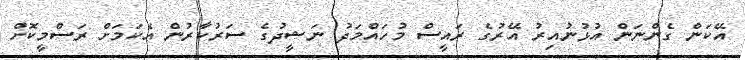
އޭކަން ގެންނަން އުޅުނުއިރު އޭރުގެ ރައީސް މުހައްމަދު ނަޝީދުގެ ސަރުކާރުން އެކަމަށް ރަސްމީކޮށް